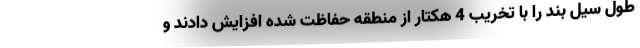
طول سیل بند را با تخریب 4 هکتار از منطقه حفاظت شده افزایش دادند و